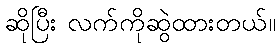
ဆိုပြီး လက်ကိုဆွဲထားတယ်။